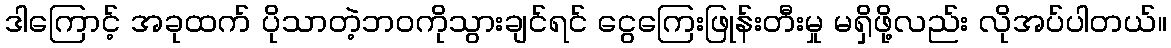
ဒါကြောင့် အခုထက် ပိုသာတဲ့ဘဝကိုသွားချင်ရင် ငွေကြေးဖြုန်းတီးမှု မရှိဖို့လည်း လိုအပ်ပါတယ်။